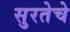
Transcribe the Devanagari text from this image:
सुरतेचे